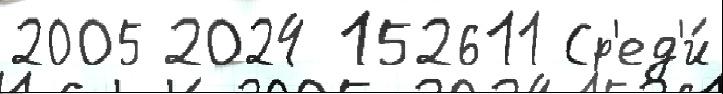
2005 2024 152611 Ср'ед'и́